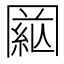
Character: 𦁒